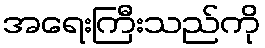
အရေးကြီးသည်ကို